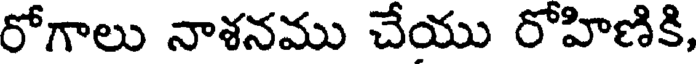
రోగాలు నాశనము చేయు రోహిణికి,